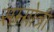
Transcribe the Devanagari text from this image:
सम्गोत्री